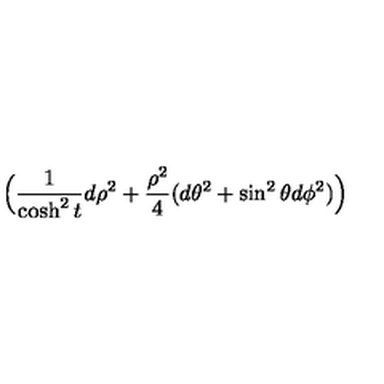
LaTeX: \Big ( { \frac { 1 } { \cosh ^ { 2 } t } } d \rho ^ { 2 } + { \frac { \rho ^ { 2 } } { 4 } } ( d \theta ^ { 2 } + \sin ^ { 2 } \theta d \phi ^ { 2 } ) \Big )